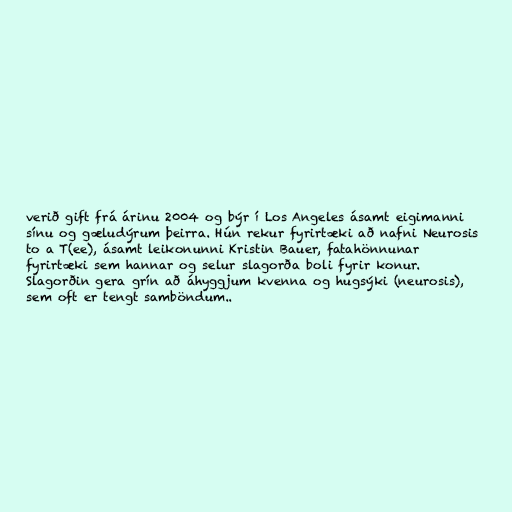
verið gift frá árinu 2004 og býr í Los Angeles ásamt eigimanni
sínu og gæludýrum þeirra. Hún rekur fyrirtæki að nafni Neurosis
to a T(ee), ásamt leikonunni Kristin Bauer, fatahönnunar
fyrirtæki sem hannar og selur slagorða boli fyrir konur.
Slagorðin gera grín að áhyggjum kvenna og hugsýki (neurosis),
sem oft er tengt samböndum..